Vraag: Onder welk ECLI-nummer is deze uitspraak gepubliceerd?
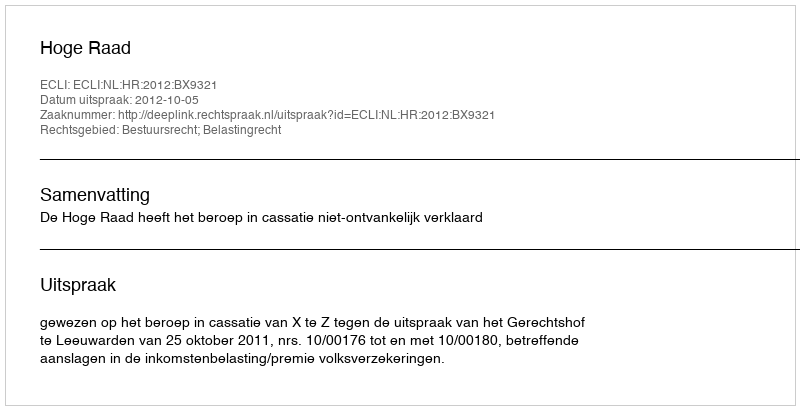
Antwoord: ECLI:NL:HR:2012:BX9321